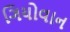
ગિયોવાન